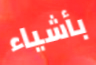
بأشياء